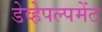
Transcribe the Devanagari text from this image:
डेव्हेपल्पमेंट